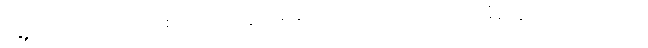
ရွှေ့ပြောင်းတောင်ယာ စိုက်ခင်းတွေ ပိုများလာတယ်လို့လည်း ဒေသခံတွေက ပြောပါတယ်။